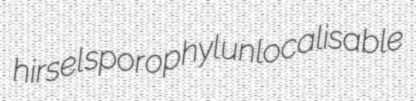
hirsel sporophyl unlocalisable